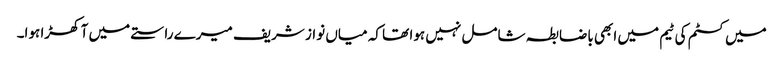
میں کسٹم کی ٹیم میں ابھی باضابطہ شامل نہیں ہوا تھا کہ میاں نواز شریف میرے راستے میں آ کھڑا ہوا۔